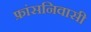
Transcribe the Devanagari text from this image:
फ्रांसनिवासी